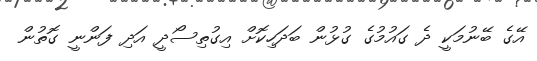
އޭގެ ބޭނުމަކީ ދެ ގައުމުގެ ގުޅުން ބަދަހިކޮށް އިގުތިސޯދީ އަދި ފަންނީ ގޮތުން